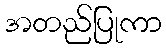
အတည်ပြုကာ